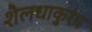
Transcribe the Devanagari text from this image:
शैलधाकुरंग